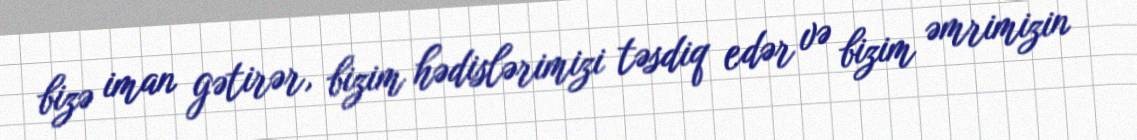
bizə iman gətirər, bizim hədislərimizi təsdiq edər və bizim əmrimizin